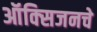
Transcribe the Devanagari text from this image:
ऑक्‍सिजनचे